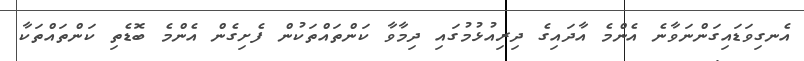
އެނގިވަޑައިގަންނަވާނެ އެންމެ އާދައިގެ ދިރިއުޅުމުގައި ދިމާވާ ކަންތައްތަކުން ފެށިގެން އެންމެ ބޮޑެތި ކަންތައްތަކާ